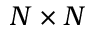
N \times N